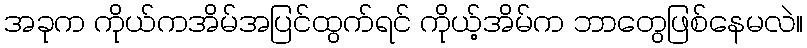
အခုက ကိုယ်ကအိမ်အပြင်ထွက်ရင် ကိုယ့်အိမ်က ဘာတွေဖြစ်နေမလဲ။